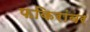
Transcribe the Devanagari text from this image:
फकिरांवर